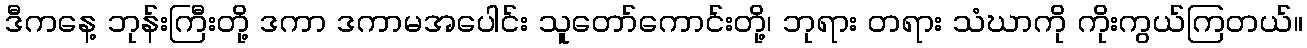
ဒီကနေ့ ဘုန်းကြီးတို့ ဒကာ ဒကာမအပေါင်း သူတော်ကောင်းတို့၊ ဘုရား တရား သံဃာကို ကိုးကွယ်ကြတယ်။